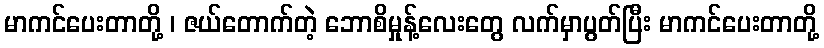
မာကင်ပေးတာတို့ ၊ ဇယ်တောက်တဲ့ ဘောစိမှုန့်လေးတွေ လက်မှာပွတ်ပြီး မာကင်ပေးတာတို့